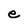
Character: e